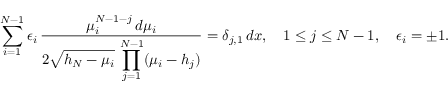
\sum _ { i = 1 } ^ { N - 1 } \epsilon _ { i } \, { \frac { \mu _ { i } ^ { N - 1 - j } \, d \mu _ { i } } { \displaystyle 2 \sqrt { h _ { N } - \mu _ { i } } \, \prod _ { j = 1 } ^ { N - 1 } ( \mu _ { i } - h _ { j } ) } } = \delta _ { j , 1 } \, d x , \quad 1 \leq j \leq N - 1 , \quad \epsilon _ { i } = \pm 1 .